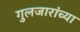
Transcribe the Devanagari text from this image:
गुलजारांच्या